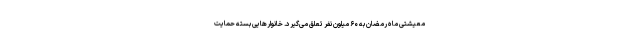
معیشتی ماه رمضان به ۶۰ میلون نفر تعلق می‌گیرد. خانوارهایی بسته حمایت